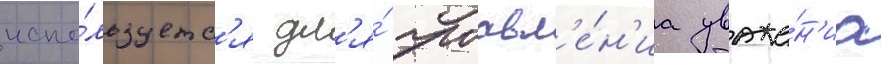
испо́льзуетс'я дл'я́ проавл'е́н'иа уваже́н'иа